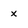
Character: x